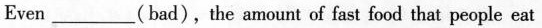
例 Even ___(bad),the amount of fast food that people eat